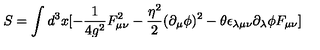
S = \int d ^ { 3 } x [ - \frac { 1 } { 4 g ^ { 2 } } F _ { \mu \nu } ^ { 2 } - \frac { { \eta } ^ { 2 } } { 2 } ( \partial _ { \mu } \phi ) ^ { 2 } - \theta \epsilon _ { \lambda \mu \nu } \partial _ { \lambda } \phi F _ { \mu \nu } ]